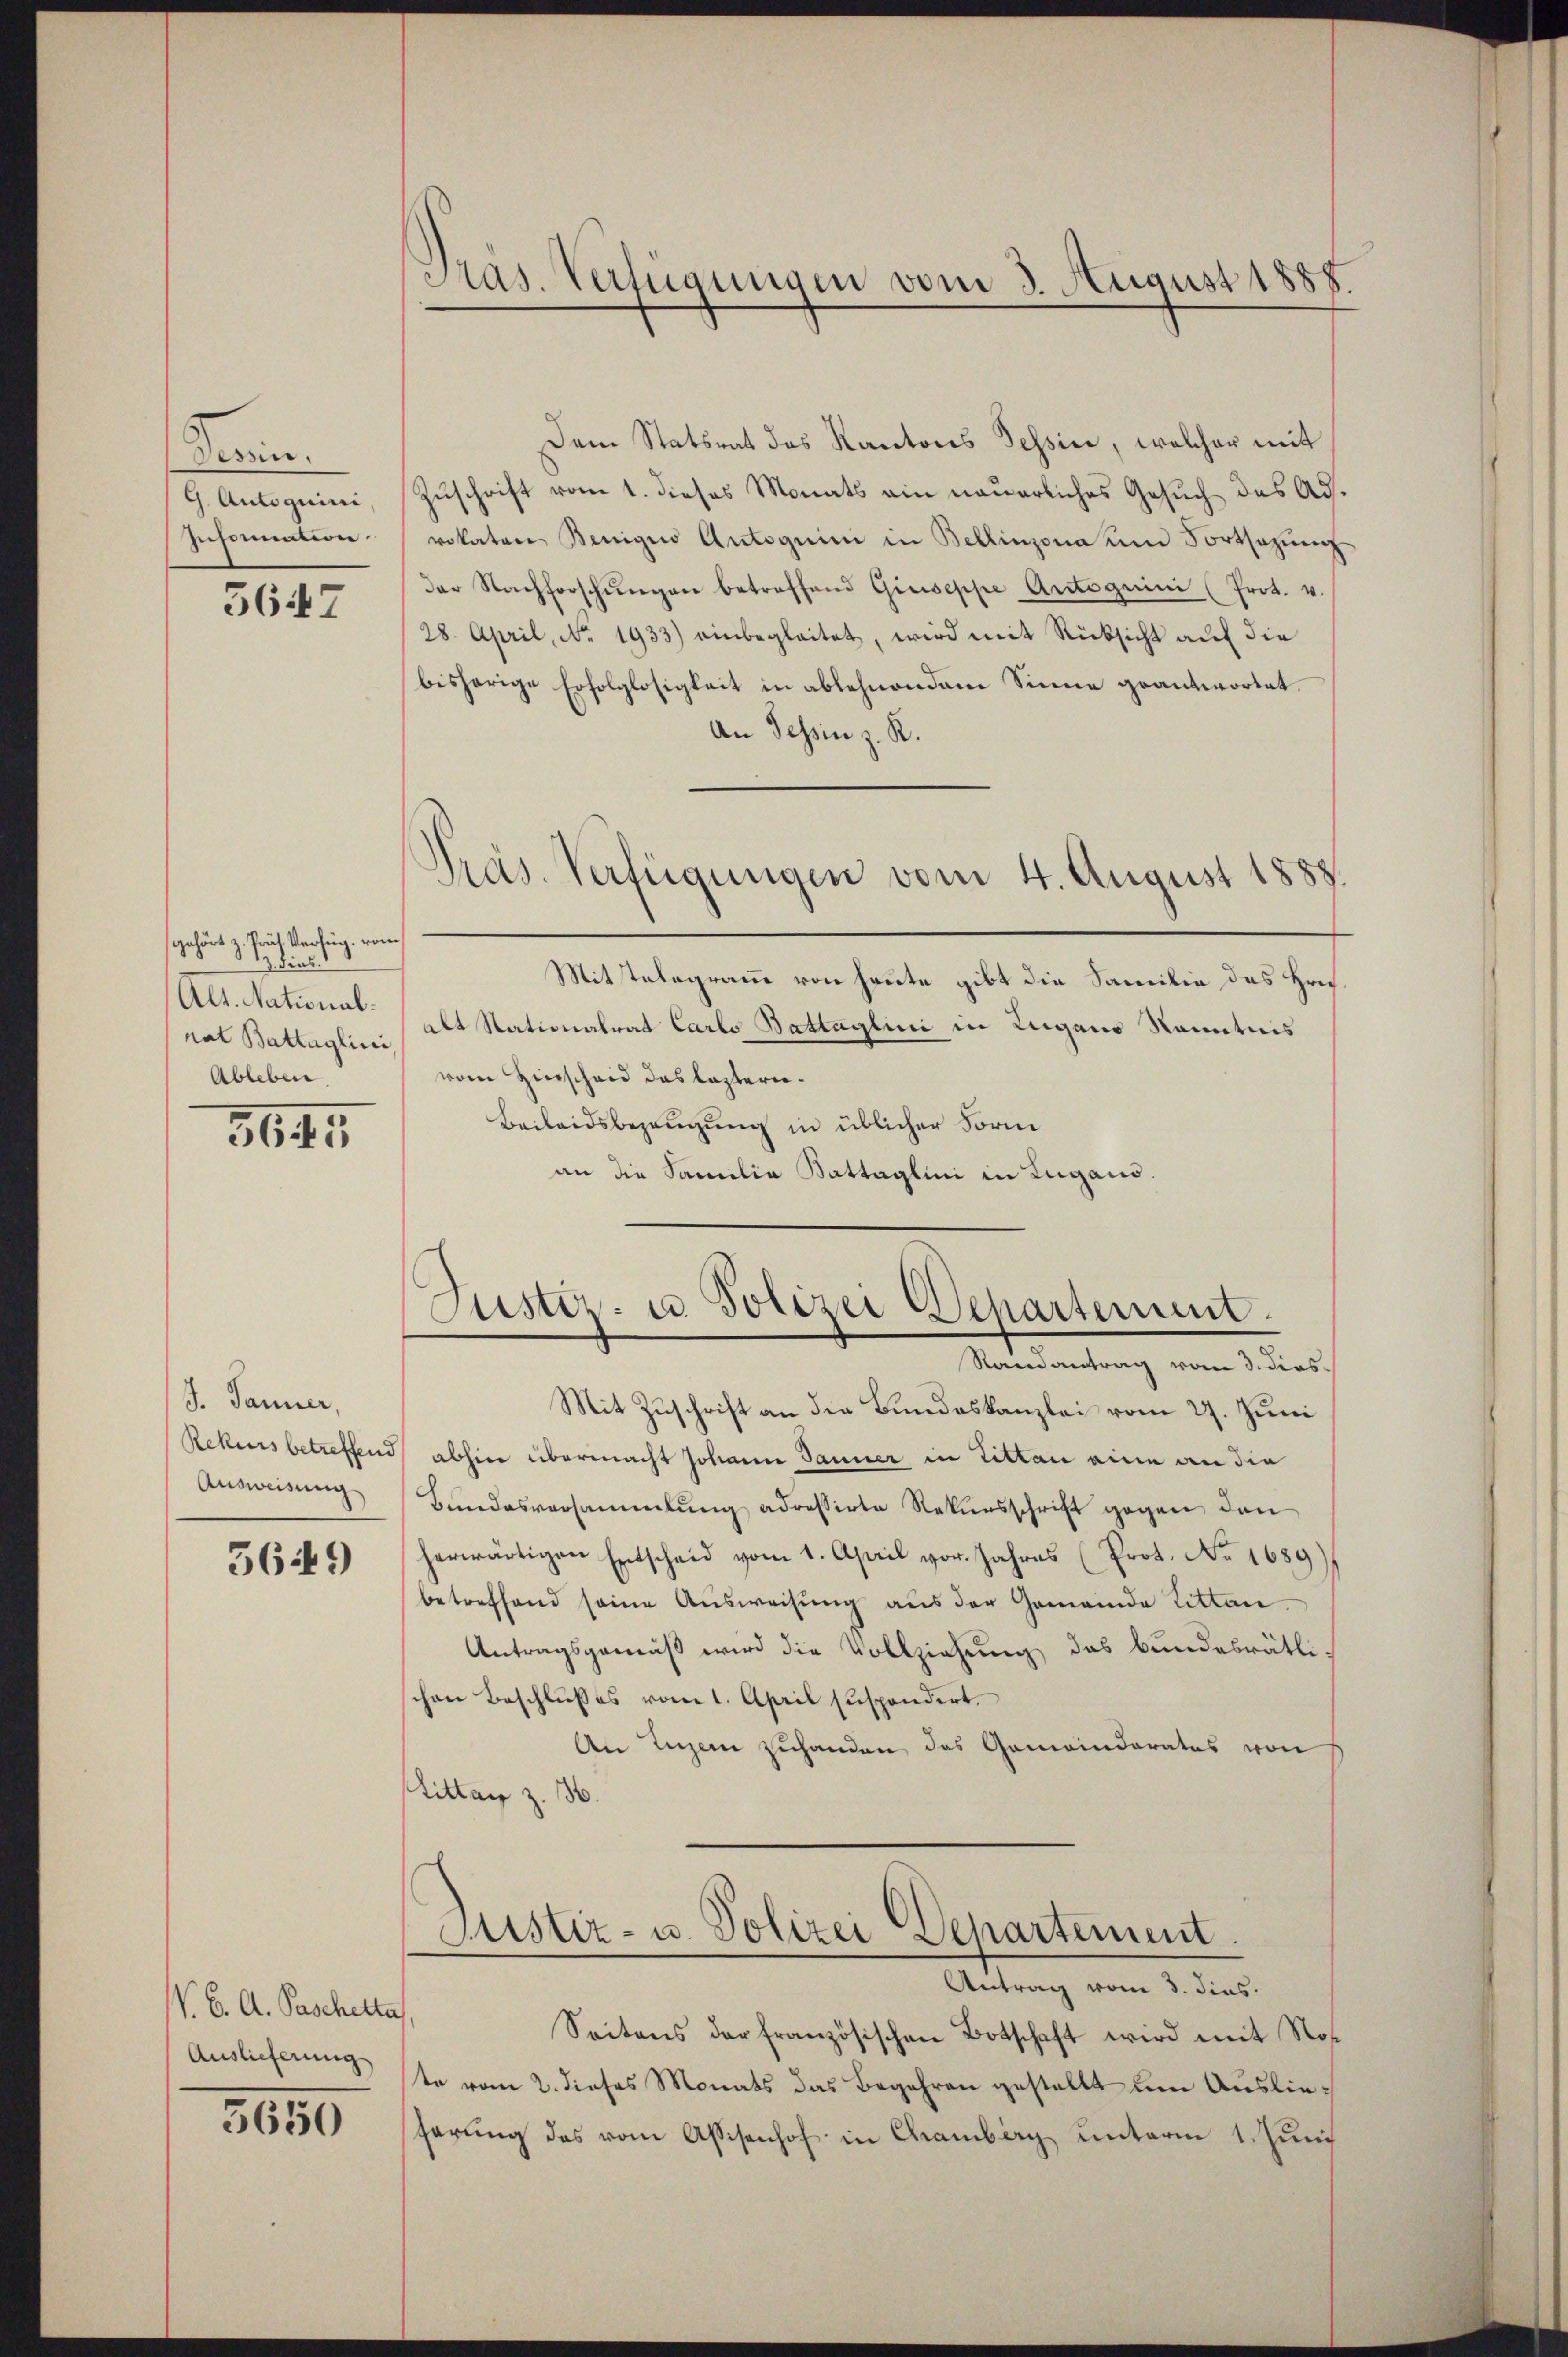
derin.
9. Autoguini,
Information.

5647

trät Verfüg, von
gehört zu hinl
Alt. Nationalrat Battaglini,
Ableben

3645

J. Jänner,
Rekurs betreffend
Ausweisung

5649

V. B. A. Paschetta
Auslieferung

5650

Pras. Verfügungen vom 3. August 1888.

Präs. Verfügungen vom 4. August 1888.

Dem Statsrat das Kantons Tessin, welcher mit
Zuschrift vom 1. dieses Monats ein neuerliches Gesuch des Advokaten Benige Autoguini in Bellinzona um Fortsetzŭng
der Nachforschŭngen betreffend Giuseppe Autoguini (Prot. v.
28. April, No. 1933) einbegleitet, wird mit Rücksicht auf die
bisherige Erfolglosigkeit in ablehnendem Sinne geantwortet.
An Tessin z. R.
Mittelegramm von heute gibt die Familie des Hrn.
Alt Stationalrat Carlo Battaglini in Zugano Kenntnis
vom Hinscheid das leztern¬
Beileidsbezeugung in üblicher Form
an die Familia Battaglini in Lugano.
Justiz- u. Polizei Departement
Randantrag vom 3. dies
Mit Zuschrift an die Bundeskanzlei vom 27. Juni
abhin übermacht Johann Janner in Litten eine an die
Bundesversammlung adressirte Rekursschrift gegen den
herwärtigen Entscheid vom 1. April vor. Jahres (Prot. No. 1689)
betreffend seine Ausweisung aus der Gemeinde Litten
Antragsgemäß wird die Vollziehung das bundesrätli-
chen Beschlußes vom 1. April zuspondert.
An Luzern zuhanden das Gemeinderates von
Tittag z. 16.

Justiz- u. Polizei Departement

Antrag vom 3. dies
Seitens der französischen Botschaft wird mit Ros
te vom 2. dieses Monats das Begehren gestellt um Auslieferung des vom Assisenhof in Chamberg unterm 1. Juni